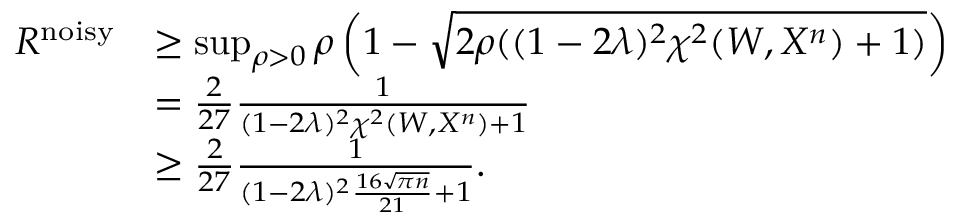
\begin{array} { r l } { R ^ { \mathrm { n o i s y } } } & { \geq \operatorname* { s u p } _ { \rho > 0 } \rho \left( 1 - \sqrt { 2 \rho ( ( 1 - 2 \lambda ) ^ { 2 } \chi ^ { 2 } ( W , X ^ { n } ) + 1 ) } \right) } \\ & { = \frac { 2 } { 2 7 } \frac { 1 } { ( 1 - 2 \lambda ) ^ { 2 } \chi ^ { 2 } ( W , X ^ { n } ) + 1 } } \\ & { \geq \frac { 2 } { 2 7 } \frac { 1 } { ( 1 - 2 \lambda ) ^ { 2 } \frac { 1 6 \sqrt { \pi n } } { 2 1 } + 1 } . } \end{array}